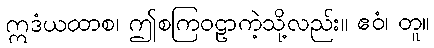
ဣဒံယထာစ၊ ဤစကြဝဠာကဲ့သို့လည်း။ ဧဝံ၊ တူ။